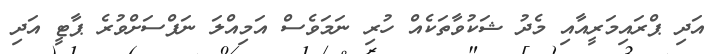
އަދި ޕްރައިމަރީއާއި މެދު ޝަކުވާތަކެއް ހުރި ނަމަވެސް އަމިއްލަ ނަފްސަށްވުރެ ޕާޓީ އަދި